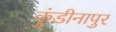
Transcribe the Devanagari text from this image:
कुंडीनापुर